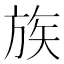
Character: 族